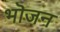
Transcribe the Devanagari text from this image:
भॊजन